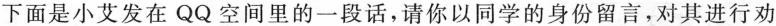
下面是小艾发在QQ空间里的一段话，请你以同学的身份留言，对其进行劝